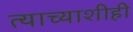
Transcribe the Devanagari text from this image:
त्याच्याशीही